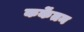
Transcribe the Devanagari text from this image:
कर्केंतन